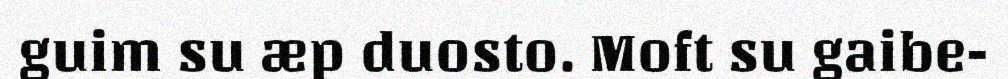
guim su æp duosto. Moft su gaibe-